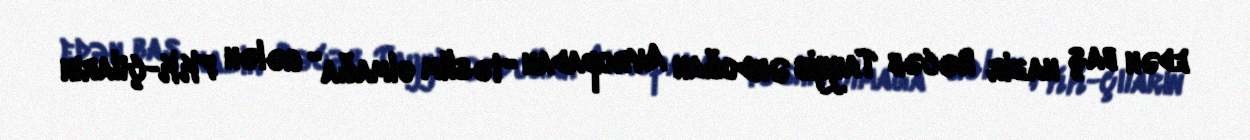
edən baş nazir Rəcəb Tayyib Ərdoğan Avropadan “təslim olmağa” gələn PKK-çıların